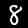
Digit: 8